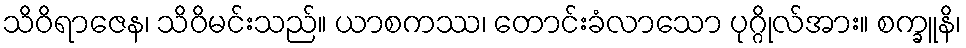
သိဝိရာဇေန၊ သိဝိမင်းသည်။ ယာစကဿ၊ တောင်းခံလာသော ပုဂ္ဂိုလ်အား။ စက္ခူနိ၊